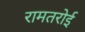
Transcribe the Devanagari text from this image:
रामतरोई